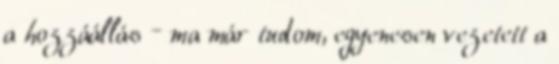
a hozzáállás – ma már tudom, egyenesen vezetett a